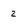
Character: 2